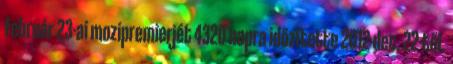
február 23-ai mozipremierjét 4320 napra időzítette 2012 dec. 22-től.